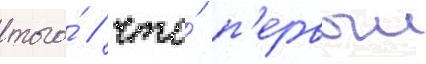
того́ / что́ п'ервыи